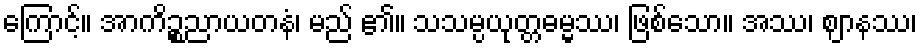
ကြောင့်။ အာကိဉ္စညာယတနံ၊ မည် ၏။ သသမ္ပယုတ္တဓမ္မဿ၊ ဖြစ်သော။ အဿ၊ ဈာနဿ၊